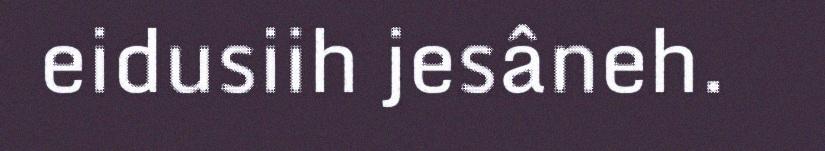
eidusiih jesâneh.